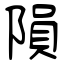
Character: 隕